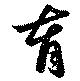
育